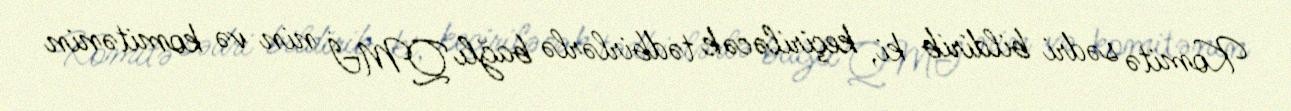
Komitə sədri bildirib ki, keçiriləcək tədbirlərlə bağlı QMİ nin və komitənin